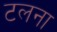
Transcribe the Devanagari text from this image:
टलना